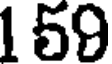
159